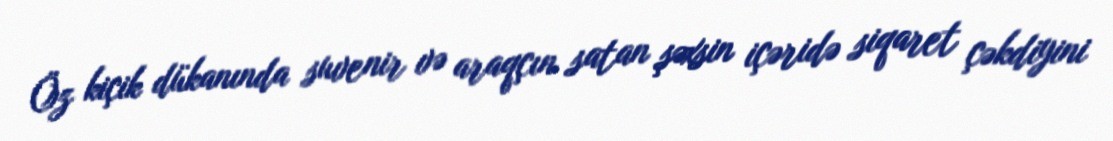
Öz kiçik dükanında suvenir və araqçın satan şəxsin içəridə siqaret çəkdiyini